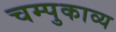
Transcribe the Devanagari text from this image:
चम्पुकाव्य